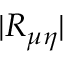
| R _ { \mu \eta } |